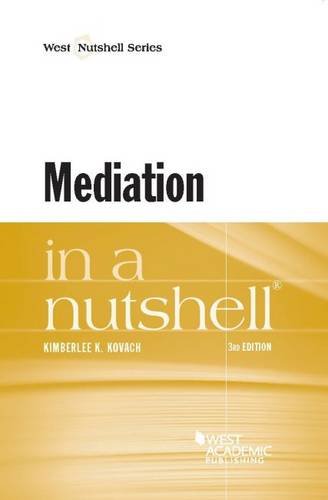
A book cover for Mediation in a Nutshell; Kimberlee Kovach; Law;